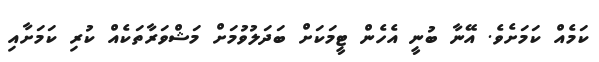
ކަމެއް ކަމަށެވެ. އޭނާ ބުނީ އެހެން ޓީމަކަށް ބަދަލުވުމަށް މަޝްވަރާތަކެއް ކުރި ކަމަށާއި